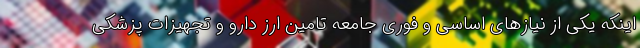
اینکه یکی از نیازهای اساسی و فوری جامعه تامین ارز دارو و تجهیزات پزشکی